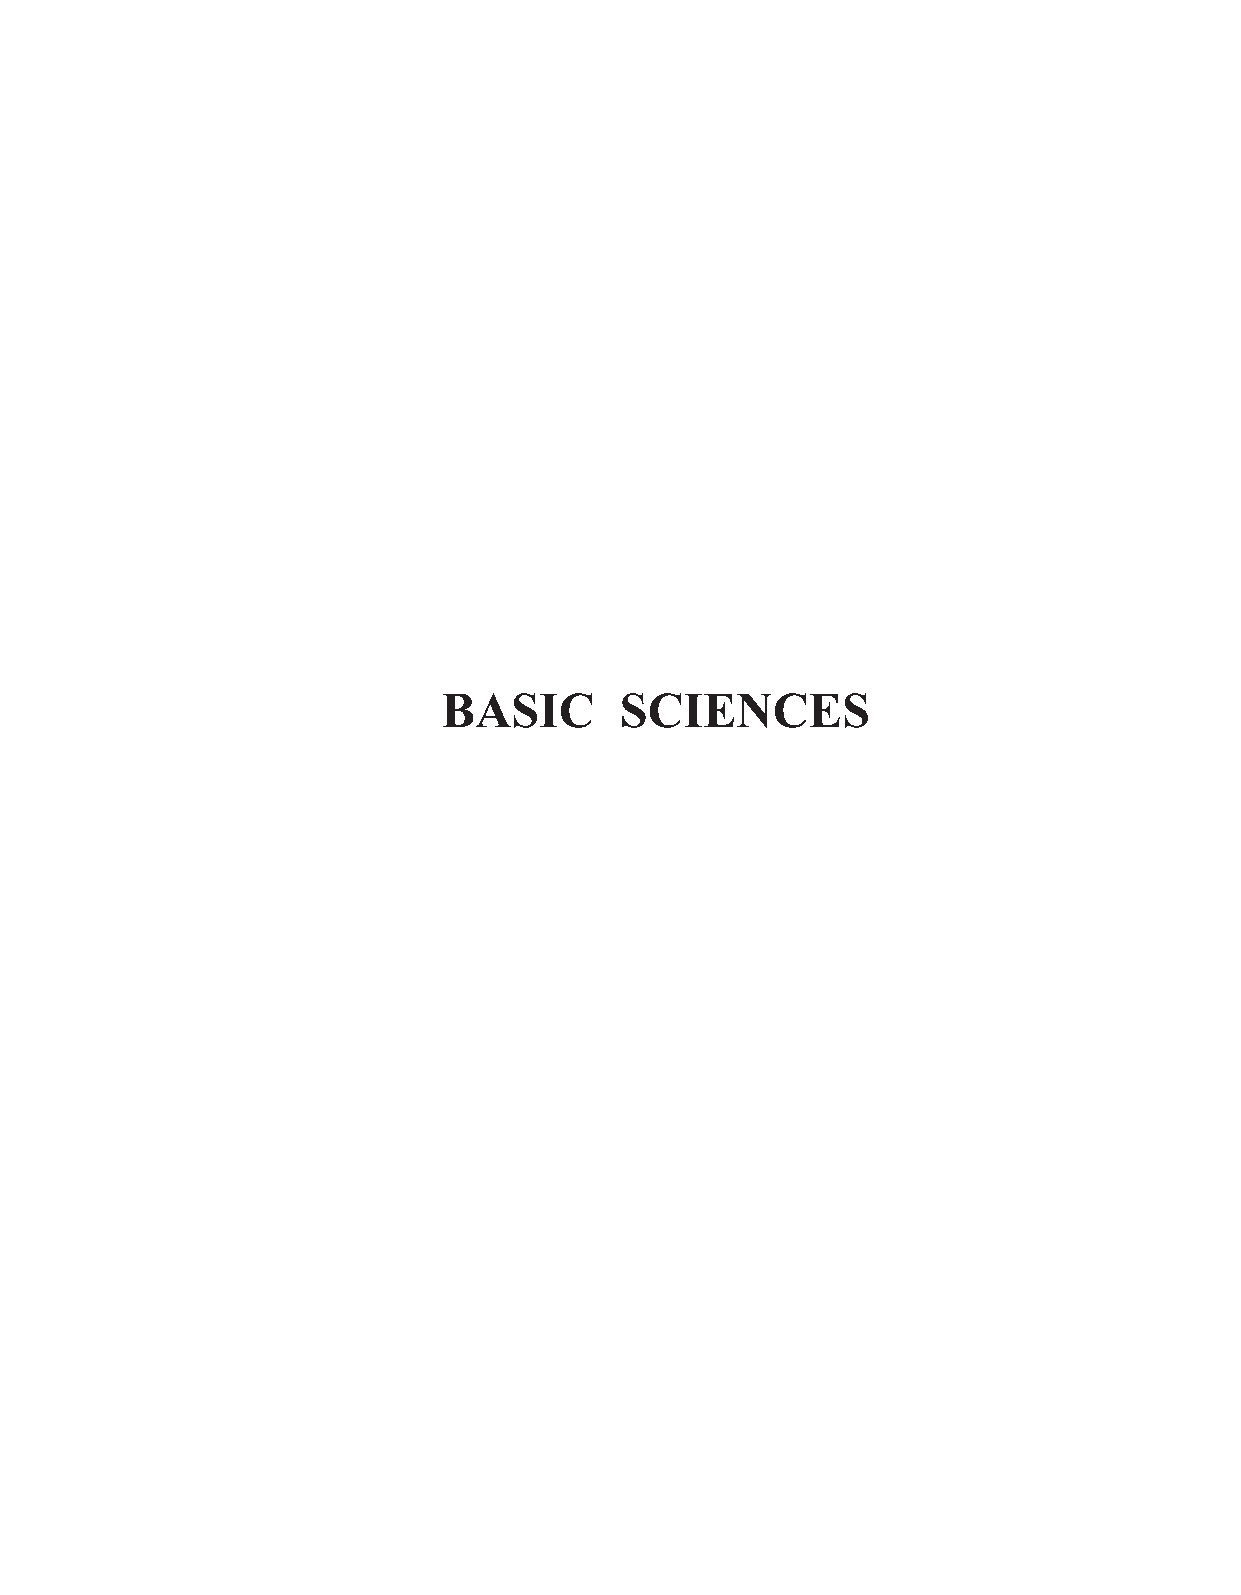
Medicine - Basic Sciences
 BASIC       SCIENCES
 MEDICINE AND PHARMACY REPORTS 2021 VOL. 94 - Supplement No. 4 S5